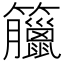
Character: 𥸆